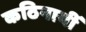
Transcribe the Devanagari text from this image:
कठिनायीँ